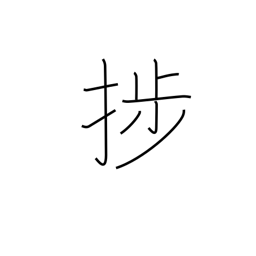
Meaning: make progress